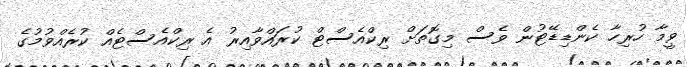
ވީމާ ހުރިހާ ކެންޑިޑޭޓުން ވެސް މިގޮތަށް ރިކްއެސްޓް ކުރައްވާއިރު އެ ރިކްއެސްޓެއް ކުރެއްވުމުގެ